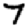
Digit: 7